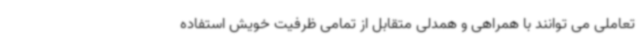
تعاملی می توانند با همراهی و همدلی متقابل از تمامی ظرفیت خویش استفاده